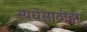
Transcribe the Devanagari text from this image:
स्पर्धेसाठीही